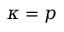
\kappa = p